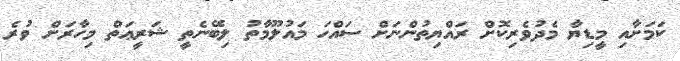
ކަމަށާއި މީޑިޔާ މެދުވެރިކޮށް ރައްޔިތުންނަށް ސައްހަ މައުލޫމާތު ލިބޭނެތީ ޝަރީޢަތް މިހާރަށް ވުރެ